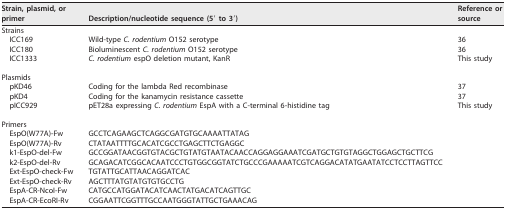
| Strain, plasmid, or primer | Description/nucleotide sequence (5′ to 3′) | Reference or source |
 | --- | --- | --- |
 | Strains |  |  |
 | ICC169 | Wild-type C. rodentium O152 serotype | 36 |
 | ICC180 | Bioluminescent C. rodentium O152 serotype | 36 |
 | ICC1333 | C. rodentium espO deletion mutant, KanR | This study |
 | Plasmids |  |  |
 | pKD46 | Coding for the lambda Red recombinase | 37 |
 | pKD4 | Coding for the kanamycin resistance cassette | 37 |
 | pICC929 | pET28a expressing C. rodentium EspA with a C-terminal 6-histidine tag | This study |
 | Primers |  |  |
 | EspO(W77A)-Fw | GCCTCAGAAGCTCAGGCGATGTGCAAAATTATAG |  |
 | EspO(W77A)-Rv | CTATAATTTTGCACATCGCCTGAGCTTCTGAGGC |  |
 | k1-EspO-del-Fw | GCCGGATAACGGTGTACGCTGTATGTAATACAACCAGGAGGAAATCGATGCTGTGTAGGCTGGAGCTGCTTCG |  |
 | k2-EspO-del-Rv | GCAGACATCGGCACAATCCCTGTGGCGGTATCTGCCCGAAAAATCGTCAGGACATATGAATATCCTCCTTAGTTCC |  |
 | Ext-EspO-check-Fw | TGTATTGCATTAACAGGATCAC |  |
 | Ext-EspO-check-Rv | AGCTTTATGTATGTGTGCCTG |  |
 | EspA-CR-NcoI-Fw | CATGCCATGGATACATCAACTATGACATCAGTTGC |  |
 | EspA-CR-EcoRI-Rv | CGGAATTCGGTTTGCCAATGGGTATTGCTGAAACAG |  |